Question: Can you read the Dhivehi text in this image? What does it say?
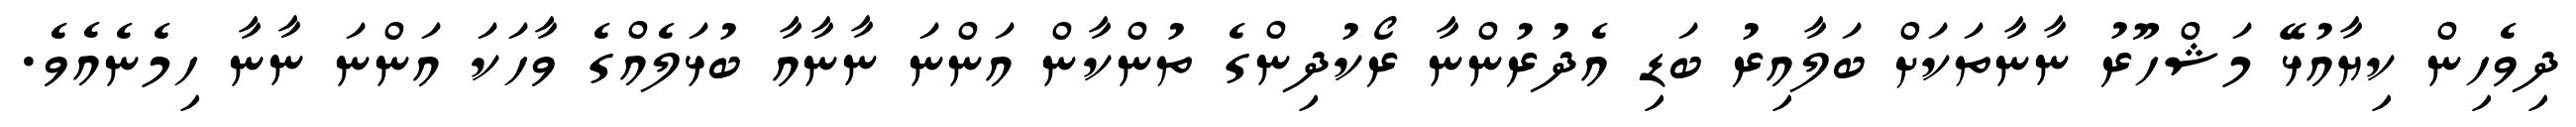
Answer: ދިވެހިން ކިޔާއުޅޭ މަޝްހޫރު ނާނާތަކަށް ބަލާއިރު ބަޑި އެދުރުންނާ ރޯކުދިންގެ ތުންކާން އަންނަ ނާނާއާ ބުޅަލެއްގެ ވާހަކަ އަންނަ ނާނާ ހިމެނެއެވެ.